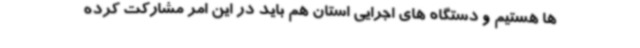
ها هستیم و دستگاه های اجرایی استان هم باید در این امر مشارکت کرده